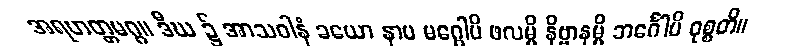
အရဟတ္တမဂ္ဂ။ ဒီဃ ၌ အာသဝါနံ ခယော နာမ မဂ္ဂေါပိ ဖလမ္ပိ နိဗ္ဗာနမ္ပိ ဘင်္ဂေါပိ ဝုစ္စတိ။